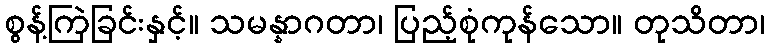
စွန့်ကြဲခြင်းနှင့်။ သမန္နာဂတာ၊ ပြည့်စုံကုန်သော။ တုသိတာ၊